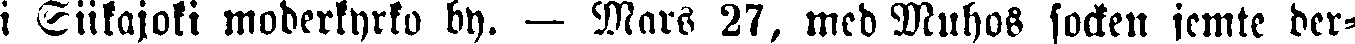
i Siikajoki moderkyrko by. — Mars 27, med Muhos socken jemte der-